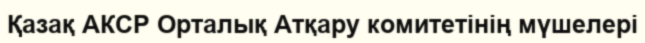
Қазақ АКСР Орталық Атқару комитетінің мүшелері